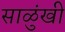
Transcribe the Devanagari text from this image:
साळुंखी